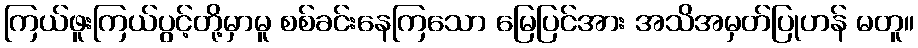
ကြယ်ဖူးကြယ်ပွင့်တို့မှာမူ စစ်ခင်းနေကြသော မြေပြင်အား အသိအမှတ်ပြုဟန် မတူ။